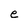
Character: e